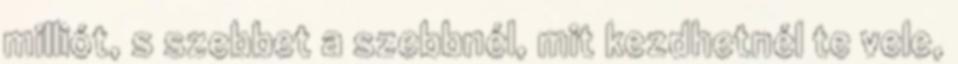
milliót, s szebbet a szebbnél, mit kezdhetnél te vele,